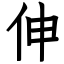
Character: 伸